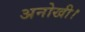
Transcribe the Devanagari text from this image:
अनोखी।